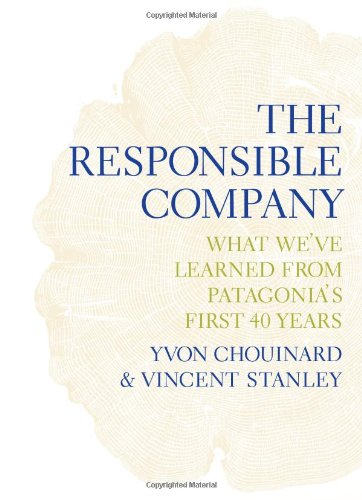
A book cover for The Responsible Company: What We've Learned From Patagonia's First 40 Years; Yvon Chouinard; Business & Money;